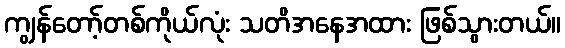
ကျွန်တော့်တစ်ကိုယ်လုံး သတိအနေအထား ဖြစ်သွားတယ်။